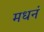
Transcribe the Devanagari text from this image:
मधनं